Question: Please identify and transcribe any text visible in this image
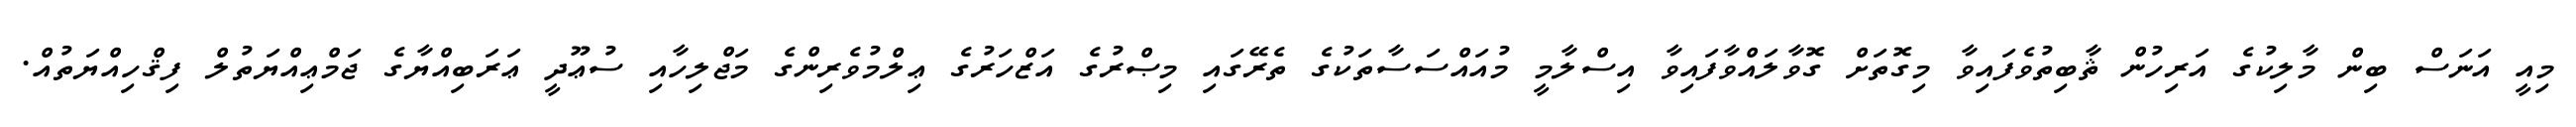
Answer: މިއީ އަނަސް ބިން މާލިކުގެ އަރިހުން ޘާބިތުވެފައިވާ މިގޮތަށް ގޮވާލައްވާފައިވާ އިސްލާމީ މުއައްސަސާތަކުގެ ތެރޭގައި މިޞްރުގެ އަޒްހަރުގެ ޢިލްމުވެރިންގެ މަޖްލިހާއި ސުޢޫދީ ޢަރަބިއްޔާގެ ޖަމްޢިއްޔަތުލް ފިޤްހިއްޔަތުއް.